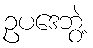
ဥပဒေဘွဲ့